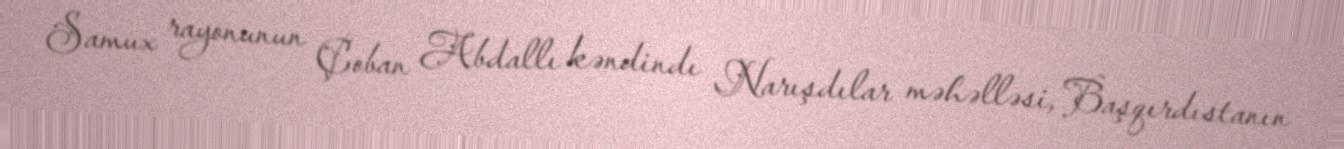
Samux rayonunun Çoban Abdallı kəndindı Narışdılar məhəlləsi, Başqırdıstanın